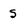
Character: s